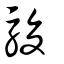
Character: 駿